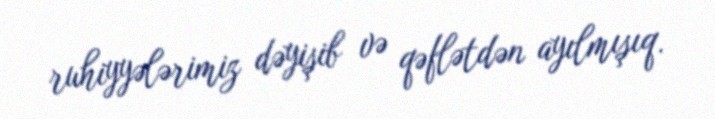
ruhiyyələrimiz dəyişib və qəflətdən ayılmışıq.